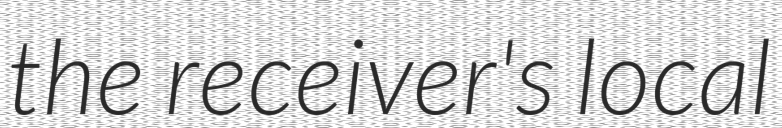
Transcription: the receiver's local